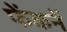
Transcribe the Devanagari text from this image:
फेंकनें